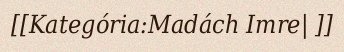
[[Kategória:Madách Imre| ]]